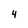
Character: 4